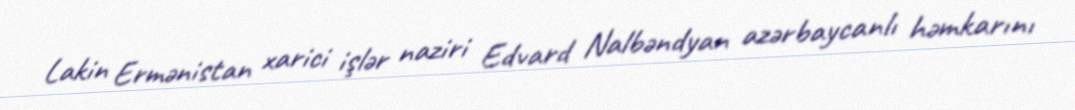
Lakin Ermənistan xarici işlər naziri Edvard Nalbəndyan azərbaycanlı həmkarını